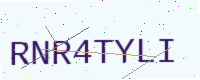
Text: RNR4TYLI